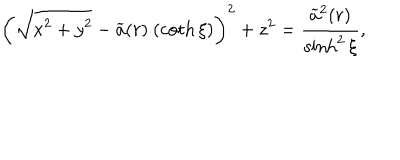
LaTeX: \left( \sqrt { x ^ { 2 } + y ^ { 2 } } - \widetilde { a } ( r ) \ ( \coth \xi ) \right) ^ { 2 } + z ^ { 2 } = \frac { \widetilde { a } ^ { 2 } ( r ) } { \sinh ^ { 2 } \xi } ,